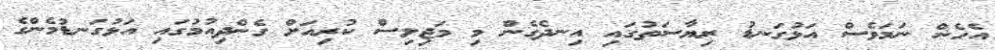
އެހެން ނަމަވެސް އަޅުގަނޑު ރިޔާސަތުގައި އިނދެގެން މި މަޖިލިސް ކުރިއަށް ގެންދިއުމުގައި އަޅުގަނޑުމެންގެ